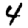
Digit: 4